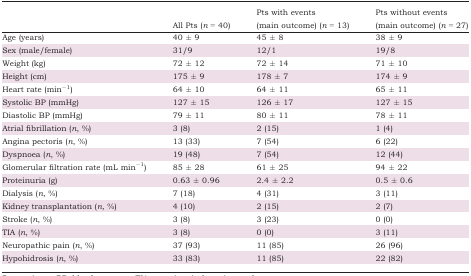
<table><thead><tr><td></td><td><b>All Pts (<i>n </i>= 40)</b></td><td><b>Pts with events (main outcome) (<i>n </i>= 13)</b></td><td><b>Pts without events (main outcome) (<i>n </i>= 27)</b></td></tr></thead><tbody><tr><td>Age (years)</td><td>40 ± 9</td><td>45 ± 8</td><td>38 ± 9</td></tr><tr><td>Sex (male/female)</td><td>31/9</td><td>12/1</td><td>19/8</td></tr><tr><td>Weight (kg)</td><td>72 ± 12</td><td>72 ± 14</td><td>71 ± 10</td></tr><tr><td>Height (cm)</td><td>175 ± 9</td><td>178 ± 7</td><td>174 ± 9</td></tr><tr><td>Heart rate (min<sup>−1</sup>)</td><td>64 ± 10</td><td>64 ± 11</td><td>65 ± 11</td></tr><tr><td>Systolic BP (mmHg)</td><td>127 ± 15</td><td>126 ± 17</td><td>127 ± 15</td></tr><tr><td>Diastolic BP (mmHg)</td><td>79 ± 11</td><td>80 ± 11</td><td>78 ± 11</td></tr><tr><td>Atrial fibrillation (<i>n</i>, %)</td><td>3 (8)</td><td>2 (15)</td><td>1 (4)</td></tr><tr><td>Angina pectoris (<i>n</i>, %)</td><td>13 (33)</td><td>7 (54)</td><td>6 (22)</td></tr><tr><td>Dyspnoea (<i>n</i>, %)</td><td>19 (48)</td><td>7 (54)</td><td>12 (44)</td></tr><tr><td>Glomerular filtration rate (mL min<sup>−1</sup>)</td><td>85 ± 28</td><td>61 ± 25</td><td>94 ± 22</td></tr><tr><td>Proteinuria (g)</td><td>0.63 ± 0.96</td><td>2.4 ± 2.2</td><td>0.5 ± 0.6</td></tr><tr><td>Dialysis (<i>n</i>, %)</td><td>7 (18)</td><td>4 (31)</td><td>3 (11)</td></tr><tr><td>Kidney transplantation (<i>n</i>, %)</td><td>4 (10)</td><td>2 (15)</td><td>2 (7)</td></tr><tr><td>Stroke (<i>n</i>, %)</td><td>3 (8)</td><td>3 (23)</td><td>0 (0)</td></tr><tr><td>TIA (<i>n</i>, %)</td><td>3 (8)</td><td>0 (0)</td><td>3 (11)</td></tr><tr><td>Neuropathic pain (<i>n</i>, %)</td><td>37 (93)</td><td>11 (85)</td><td>26 (96)</td></tr><tr><td>Hypohidrosis (<i>n</i>, %)</td><td>33 (83)</td><td>11 (85)</td><td>22 (82)</td></tr></tbody></table>